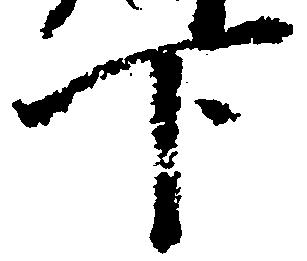
下